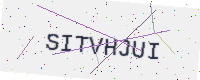
Text: SITVHJUI